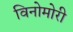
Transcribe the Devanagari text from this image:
विनोमोरी